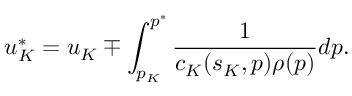
u _ { K } ^ { * } = u _ { K } \mp \int _ { p _ { K } } ^ { p ^ { * } } \frac { 1 } { c _ { K } ( s _ { K } , p ) \rho ( p ) } d p .